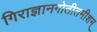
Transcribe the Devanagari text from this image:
गिराज्ञानगोतीतमीशम्